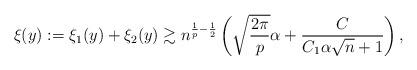
LaTeX: \begin{align*}\xi(y):=\xi_1(y)+\xi_2(y)\gtrsim n^{\frac{1}{p}-\frac{1}{2}}\left(\sqrt{\frac{2\pi}{p}} \alpha+\frac{C}{C_1 \alpha \sqrt{n}+1}\right),\end{align*}